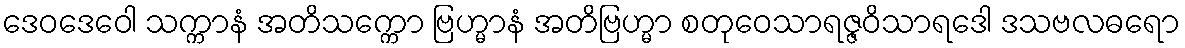
ဒေဝဒေဝေါ သက္ကာနံ အတိသက္ကော ဗြဟ္မာနံ အတိဗြဟ္မာ စတုဝေသာရဇ္ဇဝိသာရဒေါ ဒသဗလဓရော